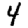
Digit: 4